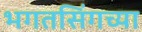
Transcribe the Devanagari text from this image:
भगतसिंगच्या